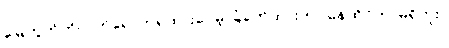
မြေကွက်ကိုလက်ရောက်ရထားပေမဲ့ ခြံခတ်ထားတာ၊နေထိုင်တာမရှိဘူး။